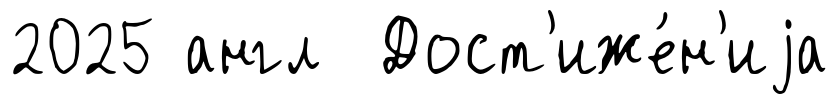
2025 англ Дост'иже́н'иjа